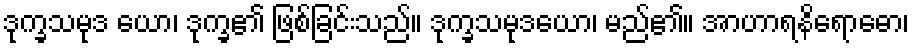
ဒုက္ခသမုဒ ယော၊ ဒုက္ခ၏ ဖြစ်ခြင်းသည်။ ဒုက္ခသမုဒယော၊ မည်၏။ အာဟာရနိရောဓော၊